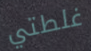
غلطتي